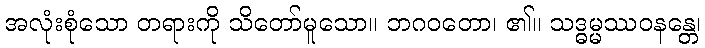
အလုံးစုံသော တရားကို သိတော်မူသော။ ဘဂဝတော၊ ၏။ သဒ္ဓမ္မဿဝနန္တေ၊